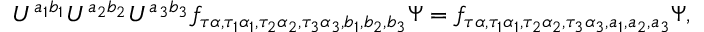
U ^ { a _ { 1 } b _ { 1 } } U ^ { a _ { 2 } b _ { 2 } } U ^ { a _ { 3 } b _ { 3 } } f _ { \tau \alpha , \tau _ { 1 } \alpha _ { 1 } , \tau _ { 2 } \alpha _ { 2 } , \tau _ { 3 } \alpha _ { 3 } , b _ { 1 } , b _ { 2 } , b _ { 3 } } \Psi = f _ { \tau \alpha , \tau _ { 1 } \alpha _ { 1 } , \tau _ { 2 } \alpha _ { 2 } , \tau _ { 3 } \alpha _ { 3 } , a _ { 1 } , a _ { 2 } , a _ { 3 } } \Psi ,